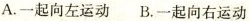
A.一起向左运动 B.一起向右运动